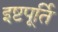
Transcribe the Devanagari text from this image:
इष्टपूर्ति